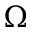
\Omega